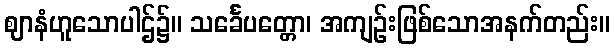
ဈာနံဟူသောပါဌ်၌။ သင်္ခေပတ္တော၊ အကျဉ်းဖြစ်သောအနက်တည်း။